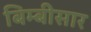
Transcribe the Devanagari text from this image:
बिम्बीसार